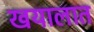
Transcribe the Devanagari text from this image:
खयालात